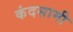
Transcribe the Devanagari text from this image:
कंदसामी